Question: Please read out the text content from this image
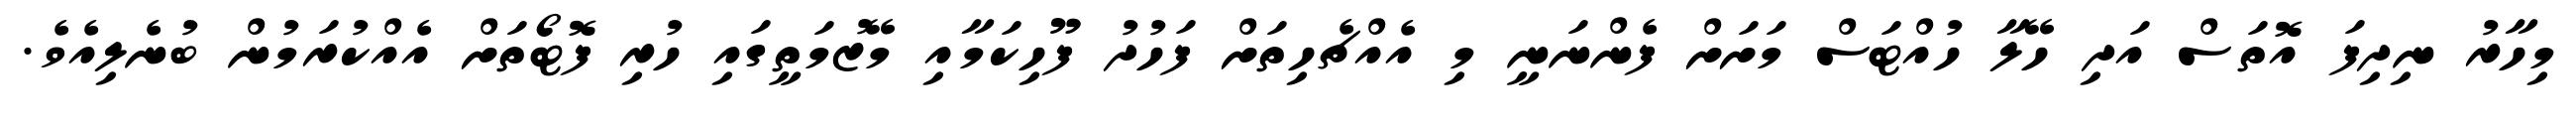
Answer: މިހާރު ނިދިފަ އޮތަސް އަދި ހޭލާ ހުއްޓަސް މަށަށް ފެންނަނީ މި އެއްޗެހިތަށް ފަހުދު ފޫހިކަމާއި މޭޒުމަތީގައި ހުރި ފޮޓޯތަށް އެއްކުރަމުން ބުނެލިއެވެ.